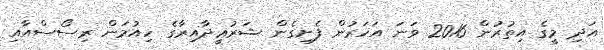
އަދި މީގެ އިތުރުން 2016 ވަނަ އަހަރުން ފެށިގެން ޝަރުޢީދާއިރާގެ ހިއުމަން ރިސޯސްއާއި